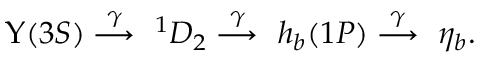
\Upsilon ( 3 S ) \stackrel { \gamma } { \longrightarrow } ~ ^ { 1 } D _ { 2 } \stackrel { \gamma } { \longrightarrow } ~ h _ { b } ( 1 P ) \stackrel { \gamma } { \longrightarrow } ~ \eta _ { b } .